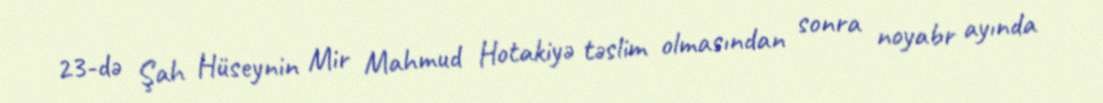
23-də Şah Hüseynin Mir Mahmud Hotakiyə təslim olmasından sonra noyabr ayında